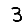
Digit: 3